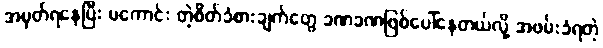
အမှတ်ရနေပြီး မကောင်း တဲ့စိတ်ခံစားချက်တွေ ခဏခဏဖြစ်ပေါ်နေတယ်လို့ အဖမ်းခံရတဲ့